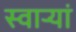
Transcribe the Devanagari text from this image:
स्वार्‍यां